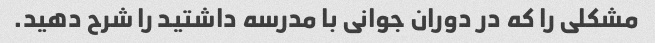
مشکلی را که در دوران جوانی با مدرسه داشتید را شرح دهید.